Indian journal of veterinary science and animal husbandry - Volume 12,
Year: 1942
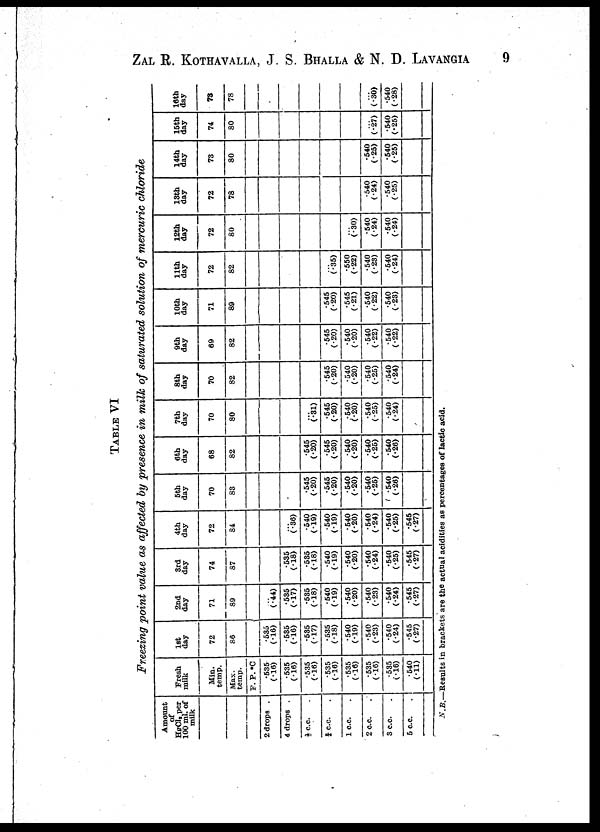
ZAL R. KOTHAVALLA, J. S. BHALLA & N. D. LAVANGIA 9
TABLE VI
Freezing point value as affected by presence in milk of saturated solution of mercuric chloride
Amount
of
HgCl 2 per
100 ml. of
milk
2 drops .
4 drops .
½ c.c. .
¾ c.c. .
1 c.c. .
2 c.c. .
3 c.c. .
5 c.c. .
Fresh
milk
Min.
temp.
Max.
temp.
F. P. °C
.535
(.16)
.535
(.16)
.535
(.16)
.535
(.16)
.535
(.16)
.535
(.16)
.535
(.16)
.540
(.11)
1st
day
72
86
.535
(.16)
.535
(.16)
.535
(.17)
.535
(.18)
.540
(.19)
.540
(.23)
.540
(.24)
.545
(.27)
2nd
day
71
89
..
(.44)
.535
(.17)
.535
(.18)
.540
(.19)
.540
(.20)
.540
(.23)
.540
(.24)
.545
(.27)
3rd
day
74
87
.535
(.18)
.585
(.18)
.540
(.19)
.540
(.20)
.540
(.24)
.540
(.25)
.545
(.27)
4th
day
72
84
...
(.36)
.540
(.19)
.540
(.19)
.540
(.20)
.540
(.24)
.540
(.25)
.545
(.27)
5th
day
70
83
.545
(.20)
.545
(.20)
.540
(.20)
.540
(.25)
.540
(.26)
6th
day
68
82
.545
(.20)
.545
(.20)
.540
(.20)
.540
(.25)
.540
(.26)
7th
day
70
80
...
(.31)
.545
(.20)
.540
(.20)
.540
(.25)
.540
(.24)
8th
day
70
82
.545
(.20)
.540
(.20)
.540
(.25)
.540
(.24)
9th
day
69
82
.545
(.20)
.540
(.20)
.540
(.22)
.540
(.22)
10th
day
71
89
.545
(.20)
.545
(.21)
.540
(.22)
.540
(.23)
11th
day
72
82
...
(.35)
.550
(.22)
.540
(.28)
.540
(.24)
12th
day
72
80
...
(.30)
.540
(.24)
.540
(.24)
13th
day
72
78
.540
(.24)
.540
(.25)
14th
day
73
80
.540
(.25)
.540
(.25)
15th
day
74
80
...
(.27)
.540
(.25)
16th
day
73
78
...
(.30)
.540
(.28)
N.B.—Results in brackets are the actual acidities as percentages of lactic acid.